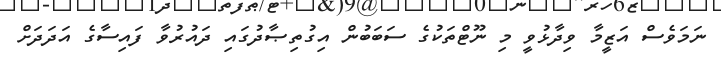
ނަމަވެސް އަޒީމާ ވިދާޅުވީ މި ނޫޓްތަކުގެ ސަބަބުން އިގުތިޞާދުގައި ދައުރުވާ ފައިސާގެ އަދަދަށް